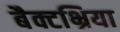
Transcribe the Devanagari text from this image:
बैक्टभ्रिया